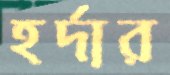
হর্দার